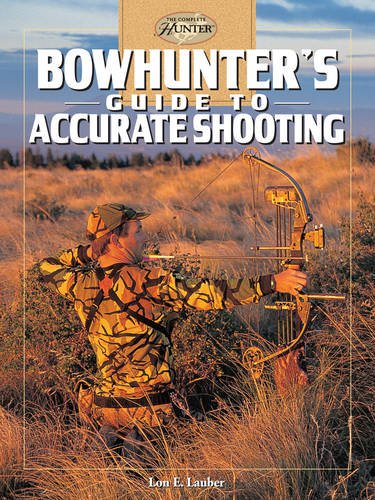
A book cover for Bowhunter's Guide to Accurate Shooting (The Complete Hunter); Lon Lauber; Sports & Outdoors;